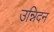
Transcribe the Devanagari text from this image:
उन्निदन